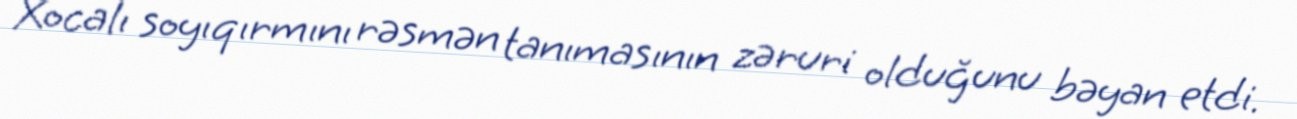
Xocalı soyıqırmını rəsmən tanımasının zəruri olduğunu bəyan etdi.